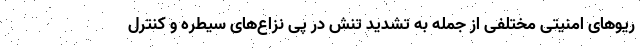
ریوهای امنیتی مختلفی از جمله به تشدید تنش در پی نزاع‌های سیطره و کنترل